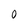
Character: 0